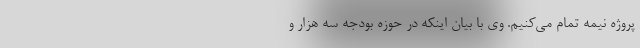
پروژه نیمه تمام می‌کنیم. وی با بیان اینکه در حوزه بودجه سه هزار و